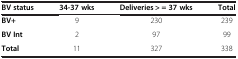
<table><thead><tr><td><b>BV status</b></td><td><b>34-37 wks</b></td><td><b>Deliveries &gt; = 37 wks</b></td><td><b>Total</b></td></tr></thead><tbody><tr><td><b>BV+</b></td><td>9</td><td>230</td><td>239</td></tr><tr><td><b>BV Int</b></td><td>2</td><td>97</td><td>99</td></tr><tr><td><b>Total</b></td><td>11</td><td>327</td><td>338</td></tr></tbody></table>